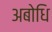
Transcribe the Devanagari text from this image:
अबोधि